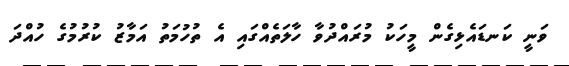
ވަނީ ކަނޑައެޅިގެން މީހަކު މުރައްދުވާ ހާލަތެއްގައި އެ ތުހުމަތު އަމާޒު ކުރުމުގެ ހުއްދަ